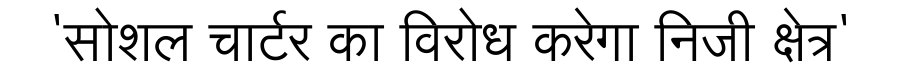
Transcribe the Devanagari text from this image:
'सोशल चार्टर का विरोध करेगा निजी क्षेत्र'